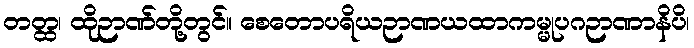
တတ္ထ၊ ထိုဉာဏ်တို့တွင်။ စေတောပရိယဉာဏယထာကမ္မုပဂဉာဏာနိပိ၊